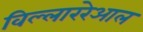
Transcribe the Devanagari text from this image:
विल्लाररेआल